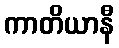
ကာတိယာနီ